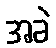
အခဲ